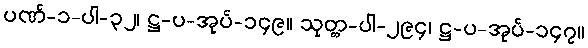
ပဏ်-၁-ပါ-၃၂၊ ဋ္ဌ-ပ-အုပ်-၁၄၉။ သုတ္တ-ပါ-၂၉၄၊ ဋ္ဌ-ပ-အုပ်-၁၄၇။